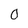
Character: 0